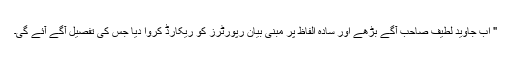
" اب جاوید لطیف صاحب آگے بڑھے اور سادہ الفاظ پر مبنی بیان رپورٹرز کو ریکارڈ کروا دیا جس کی تفصیل آگے آئے گی۔